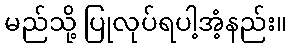
မည်သို့ ပြုလုပ်ရပါ့အံ့နည်း။